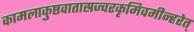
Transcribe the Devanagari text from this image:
कामलाकुष्ठवातास्रज्वरकृमिवमीन्हरेत्